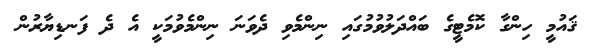
ޤައުމީ ހިންގާ ކޮމެޓީގެ ބައްދަލުވުމުގައި ނިންމެވި ދެވަނަ ނިންމެވުމަކީ އެ ދެ ފަނޑިޔާރުން